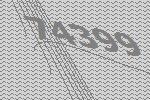
74399